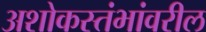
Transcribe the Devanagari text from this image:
अशोकस्तंभांवरील